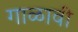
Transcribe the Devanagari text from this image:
गाळावी